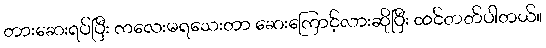
တားဆေးရပ်ပြီး ကလေးမရသေးတာ ဆေးကြောင့်လားဆိုပြီး ထင်တတ်ပါတယ်။